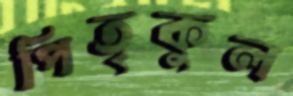
পিতৃকুল